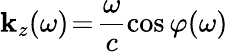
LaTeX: \mathbf{k}_{z}(\omega)\! =\! \frac{{\omega}}{{c}}\cos{\varphi(\omega)}